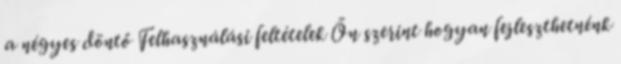
a négyes döntő Felhasználási feltételek Ön szerint hogyan fejleszthetnénk